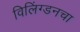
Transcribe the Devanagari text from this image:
विलिंग्डनचा